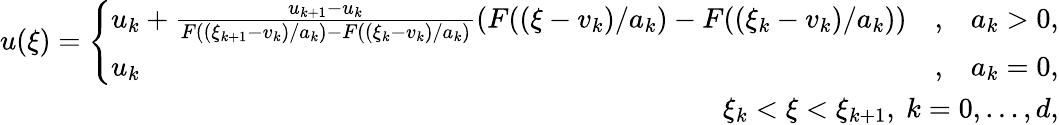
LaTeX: \begin{array}{r}{u(\xi)=\left\{ \begin{array}{lcr}{u_{k}+\frac{u_{k+1}-u_{k}}{F((\xi_{k+1}-v_{k})/a_{k})-F((\xi_{k}-v_{k})/a_{k})}(F((\xi-v_{k})/a_{k})-F((\xi_{k}-v_{k})/a_{k}))}&{,}&{a_{k}>0,}\\ {u_{k}}&{,}&{a_{k}=0,}\end{array}\right.}\\ {\xi_{k}<\xi<\xi_{k+1},\ k=0,\ldots,d,}\end{array}